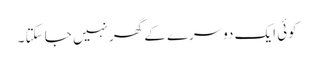
کوئی ایک دوسرے کے گھر نہیں جا سکتا ۔